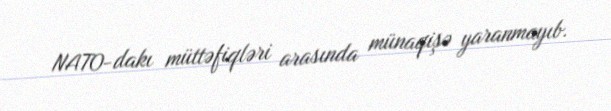
NATO-dakı müttəfiqləri arasında münaqişə yaranmayıb.